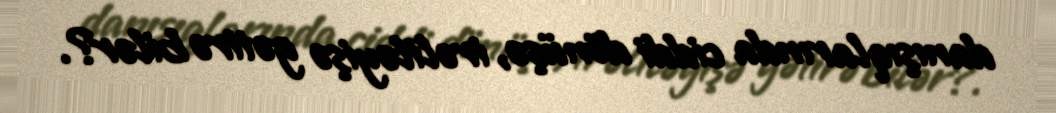
danışıqlarında ciddi dönüşə, irəliləyişə gətirə bilər?.